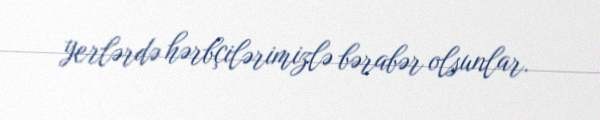
yerlərdə hərbçilərimizlə bərabər olsunlar.